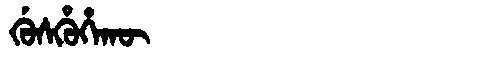
Manchu: ᡤᡠᠰᡥᡠᡥᠠᡴᡡ
Romanization: GUSHUHAKŪ